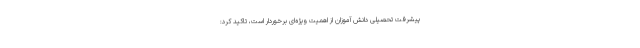
پیشرفت تحصیلی دانش آموزان از اهمیت ویژه‌ای برخوردار است، تاکید کرد: